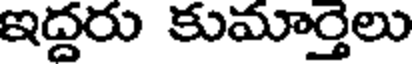
ఇద్దరు కుమార్తెలు